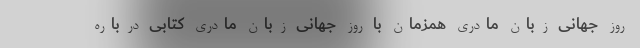
روز جهانی زبان مادری همزمان با روز جهانی زبان مادری کتابی درباره